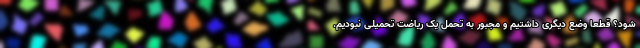
شود؟ قطعاً وضع دیگری داشتیم و مجبور به تحمل یک ریاضت تحمیلی نبودیم.